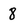
Character: 8